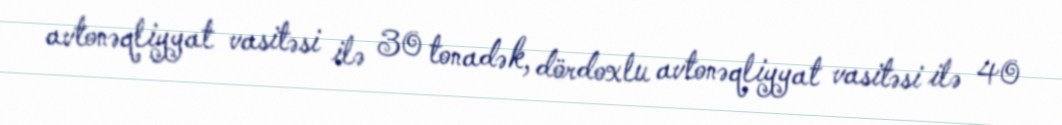
avtonəqliyyat vasitəsi ilə 30 tonadək, dördoxlu avtonəqliyyat vasitəsi ilə 40